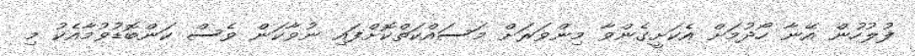
ފުލުހުން އޭނާ ހޯދުމަށް އެކަށީގެންވާ މިންވަރަށް މަސައްކަތްކޮށްފައި ނުވާކަން ވެސް ކަންބޮޑުވުމާއެކު މި